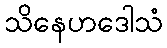
သိနေဟဒေါသံ